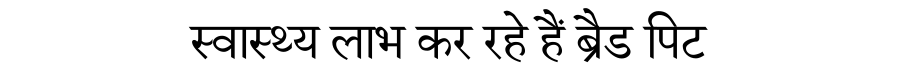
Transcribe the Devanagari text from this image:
स्वास्थ्य लाभ कर रहे हैं ब्रैड पिट